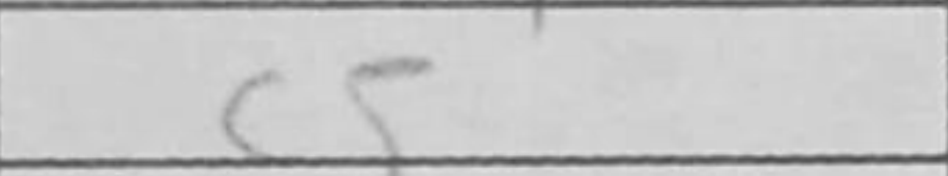
Transcription: c5